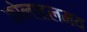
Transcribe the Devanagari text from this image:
कोलाहलमय